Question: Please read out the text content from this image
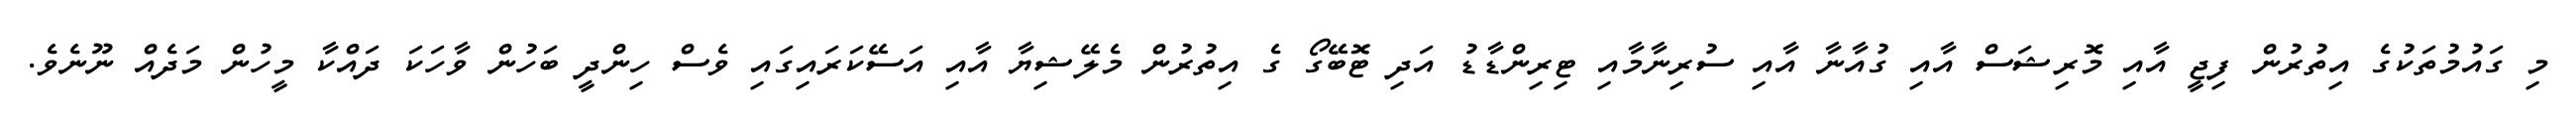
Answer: މި ގައުމުތަކުގެ އިތުރުން ފިޖީ އާއި މޮރިޝަސް އާއި ގުއާނާ އާއި ސުރިނާމާއި ޓިރިންޑާޑު އަދި ޓޮބޭގޯ ގެ އިތުރުން މެލޭޝިޔާ އާއި އަސޭކަރައިގައި ވެސް ހިންދީ ބަހުން ވާހަކަ ދައްކާ މީހުން މަދެއް ނޫނެވެ.